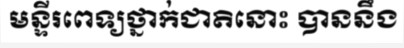
មន្ទីរពេទ្យថ្នាក់ជាតិនោះ បាននឹង